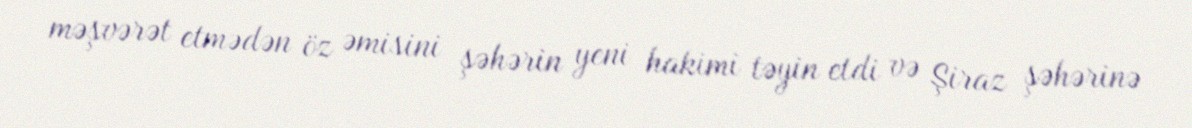
məşvərət etmədən öz əmisini şəhərin yeni hakimi təyin etdi və Şiraz şəhərinə